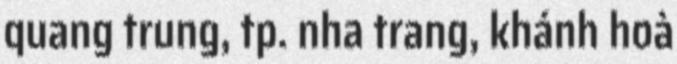
quang trung, tp. nha trang, khánh hoà